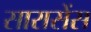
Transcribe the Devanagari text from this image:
सारासेंस